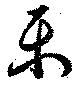
楽